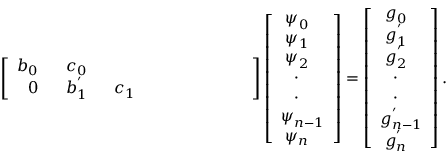
\left[ \begin{array} { c c c c c c c c c } { b _ { 0 ~ ~ } } & { c _ { 0 ~ ~ } } & { } & { } & { } & { } & { } & { } & { } \\ { 0 } & { b _ { 1 ~ ~ } ^ { ' } } & { c _ { 1 ~ ~ } } & { } & { } & { } & { } & { } & { } \end{array} \right] \left[ { \begin{array} { c } { \psi _ { 0 ~ ~ } ^ { ~ } } \\ { \psi _ { 1 ~ ~ } ^ { ~ } } \\ { \psi _ { 2 ~ ~ } ^ { ~ } } \\ { ~ \cdot _ { ~ ~ ~ } } \\ { ~ \cdot _ { ~ ~ ~ } } \\ { \psi _ { n - 1 } ^ { ~ } } \\ { \psi _ { n ~ ~ } ^ { ~ } } \end{array} } \right] = \left[ { \begin{array} { c } { g _ { 0 ~ ~ } ^ { ~ } } \\ { g _ { 1 ~ ~ } ^ { ' } } \\ { g _ { 2 ~ ~ } ^ { ' } } \\ { ~ \cdot _ { ~ ~ ~ } } \\ { ~ \cdot _ { ~ ~ ~ } } \\ { g _ { n - 1 } ^ { ' } } \\ { g _ { n ~ ~ } ^ { ' } } \end{array} } \right] .